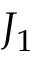
J _ { 1 }